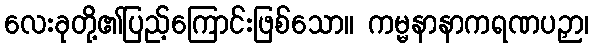
လေးခုတို့၏ပြည့်ကြောင်းဖြစ်သော။ ကမ္မနာနာကရဏပဉှာ၊